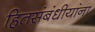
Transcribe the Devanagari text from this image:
हितसंबंधीयांना